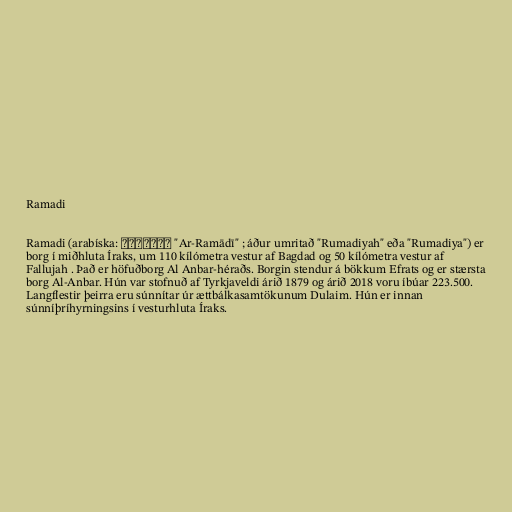
Ramadi

Ramadi (arabíska: الرمادي "Ar-Ramādī" ; áður umritað "Rumadiyah" eða "Rumadiya") er
borg í miðhluta Íraks, um 110 kílómetra vestur af Bagdad og 50 kílómetra vestur af
Fallujah . Það er höfuðborg Al Anbar-héraðs. Borgin stendur á bökkum Efrats og er stærsta
borg Al-Anbar. Hún var stofnuð af Tyrkjaveldi árið 1879 og árið 2018 voru íbúar 223.500.
Langflestir þeirra eru súnnítar úr ættbálkasamtökunum Dulaim. Hún er innan
súnníþríhyrningsins í vesturhluta Íraks.